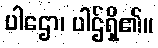
ပါဌော၊ ပါဌ်ရှိ၏။